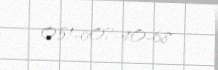
051-607-40-68